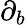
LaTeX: \partial_{b}